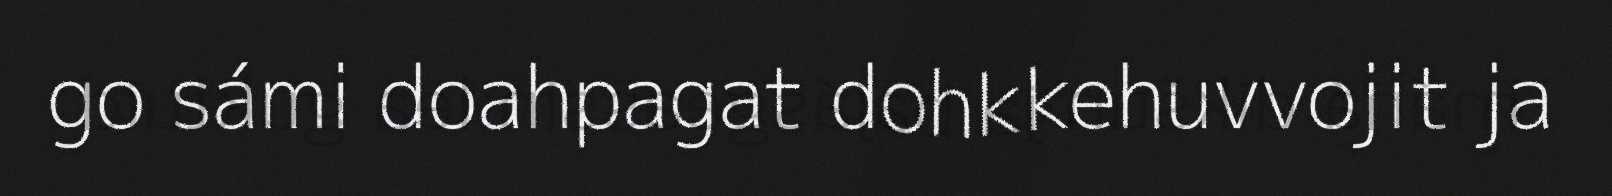
go sámi doahpagat dohkkehuvvojit ja